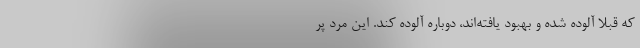
که قبلا آلوده شده و بهبود یافته‌اند، دوباره آلوده کند. این مرد پر